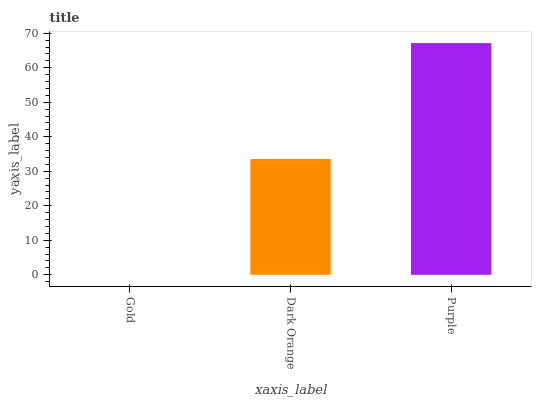
| xaxis_label | bars |
 | --- | --- |
 | Gold | 0 |
 | Dark Orange | 33.6 |
 | Purple | 67.2 |